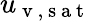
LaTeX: u_{\mathrm{~v~,~s~a~t~}}